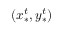
( x _ { * } ^ { t } , y _ { * } ^ { t } )